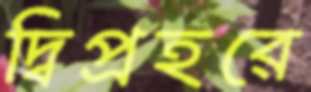
দ্বিপ্রহরে